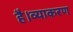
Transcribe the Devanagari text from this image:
है।व्याकरण